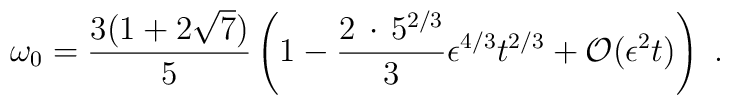
\omega_0={3(1+2 \sqrt{7})\over 5}\left(1- {2 \,\cdot\,5^{2/3}\over 3}  \epsilon^{4/3}t^{2/3}+ {\cal O}(\epsilon^2t)\right)\ .